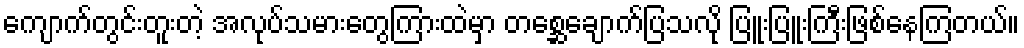
ကျောက်တွင်းတူးတဲ့ အလုပ်သမားတွေကြားထဲမှာ တစ္ဆေချောက်ပြသလို ပြူးပြူးကြီးဖြစ်နေကြတယ်။